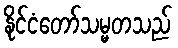
နိုင်ငံတော်သမ္မတသည်